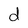
Character: d